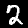
Digit: 2